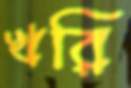
খরি